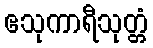
ဧသုကာရီသုတ္တံ